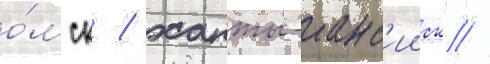
о́мск / ханты-манс'ииск /